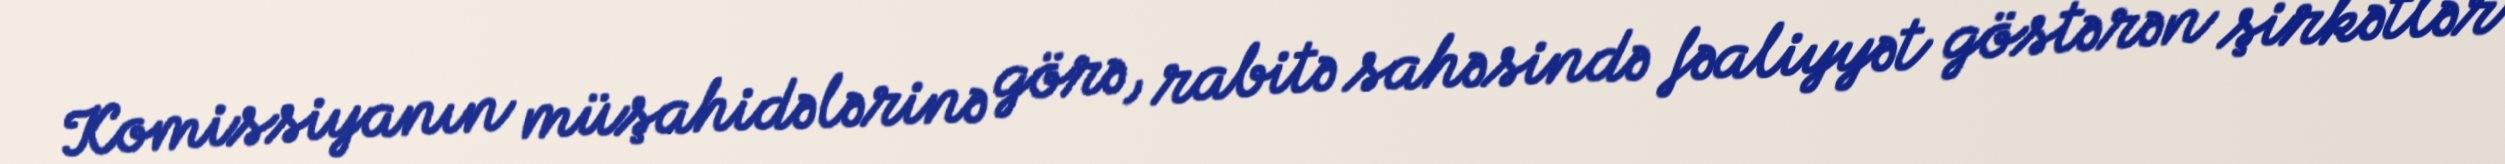
Komissiyanın müşahidələrinə görə, rabitə sahəsində fəaliyyət göstərən şirkətlər